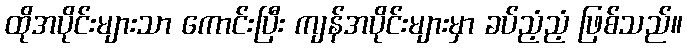
ထိုအပိုင်းများသာ ကောင်းပြီး ကျန်အပိုင်းများမှာ ခပ်ညံ့ညံ့ ဖြစ်သည်။